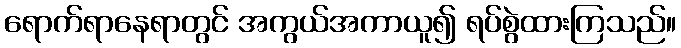
ရောက်ရာနေရာတွင် အကွယ်အကာယူ၍ ရပ်စွဲထားကြသည်။